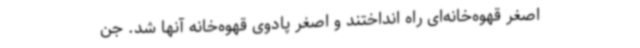
اصغر قهوه‌خانه‌ای راه انداختند و اصغر پادوی قهوه‌خانه آنها شد. جن